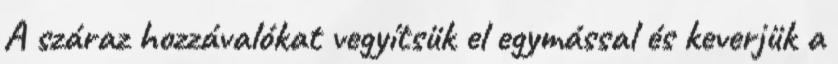
A száraz hozzávalókat vegyítsük el egymással és keverjük a